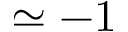
\simeq - 1